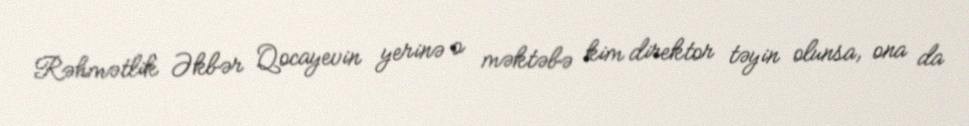
Rəhmətlik Əkbər Qocayevin yerinə o məktəbə kim direktor təyin olunsa, ona da